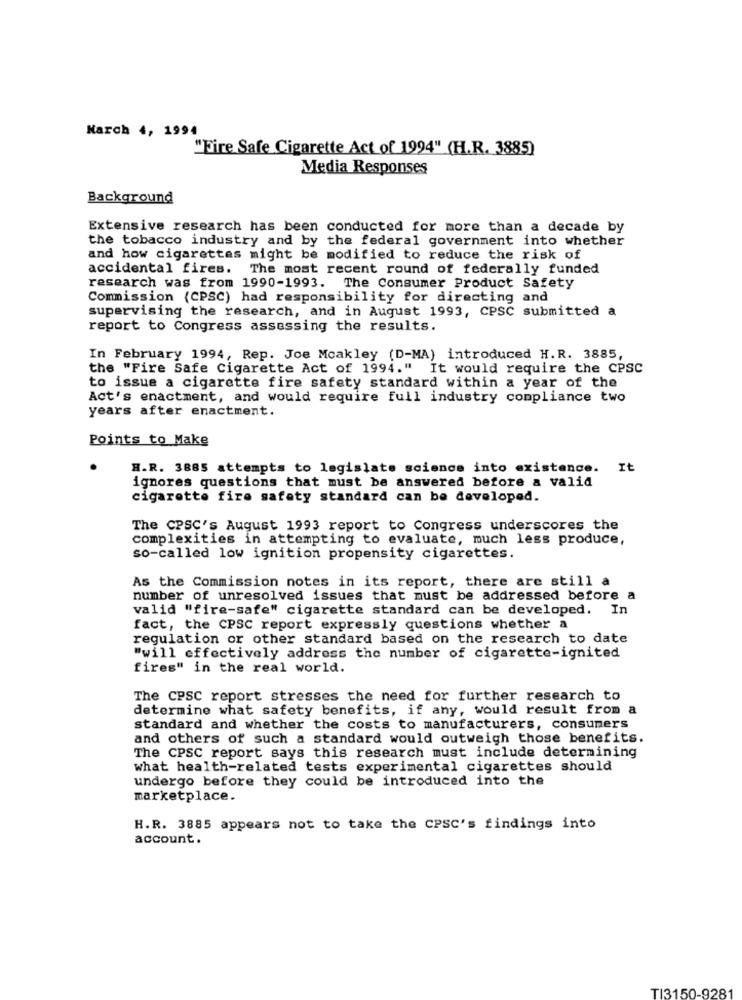
March 4, 1994
"Fire Safe Cigarette Act of 1994" (H.R. 3885)
Media Responses
Background
Extensive research has been conducted for more than a decade by
the tobacco industry and by the federal government into whether
and how cigarettes might be modified to reduce the risk of
accidental fires. The most recent round of federally funded
research was from 1990-1993. The Consumer Product Safety
Commission (CPSC) had responsibility for directing and
supervising the research, and in August 1993, CPSC submitted
report to Congress assessing the results.
In February 1994, Rep. Joe Mcakley (D-MA) introduced H.R. 3885,
the "Fire Safe Cigarette Act of 1994." It would require the CPSC
to issue a cigarette fire safety standard within a year of the
Act's enactment, and would require full industry compliance two
years after enactment.
Points to Make
H.R. 3885 attempts to legislate science into existence. 1
ignores questions that must be answered before a valid
cigarette fire safety standard can be developed.
The CPSC's August 1993 report to Congress underscores the
complexities in attempting to evaluate, much less produce,
so-called low ignition propensity cigarettes.
As the Commission notes in its report, there are still a
number of unresolved issues that must be addressed before a
valid "fire-safe" cigarette standard can be developed. In
fact, the CPSC report expressly questions whether a
regulation or other standard based on the research to date
"will effectively address the number of cigarette-ignited
fires" in the real world.
The CPSC report stresses the need for further research to
determine what safety benefits, if any, would result from a
standard and whether the costs to manufacturers, consumers
and others of such a standard would outweigh those benefits.
The CPSC report says this research must include determining
what health-related tests experimental cigarettes should
undergo before they could be introduced into the
marketplace.
H.R. 3885 appears not to take the CPSC's findings into
account.
TI3150-9281